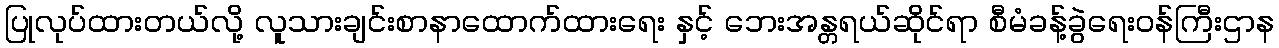
ပြုလုပ်ထားတယ်လို့ လူသားချင်းစာနာထောက်ထားရေး နှင့် ဘေးအန္တရယ်ဆိုင်ရာ စီမံခန့်ခွဲရေးဝန်ကြီးဌာန